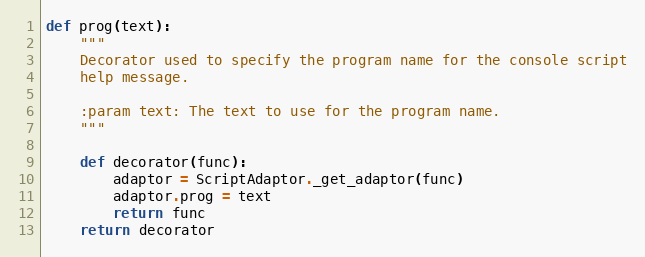
Language: Python
def prog(text):
    """
    Decorator used to specify the program name for the console script
    help message.

    :param text: The text to use for the program name.
    """

    def decorator(func):
        adaptor = ScriptAdaptor._get_adaptor(func)
        adaptor.prog = text
        return func
    return decorator